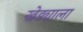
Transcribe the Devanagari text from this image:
खेड्याला